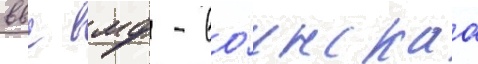
ввс вмф - во́инскаа